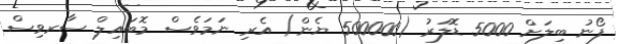
ފޯނު ބިލަށް 5000 ޑޮލަރު (500000 ޔެން) އެރި ނަމަވެސް މޮބައިލް ސާރވިސް